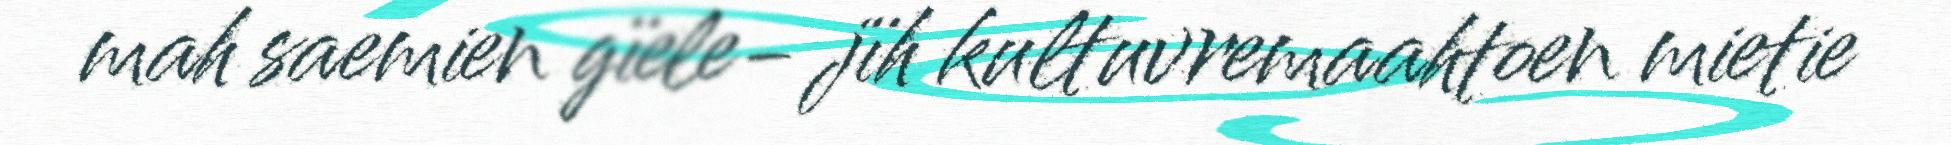
mah saemien gïele- jïh kultuvremaahtoen mietie